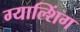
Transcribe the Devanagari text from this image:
ग्याल्शिंग